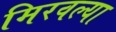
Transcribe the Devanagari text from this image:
मिरवल्या